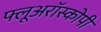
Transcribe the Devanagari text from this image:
फ्लूअरॉस्कोपी